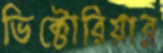
ভিক্টোরিয়ার